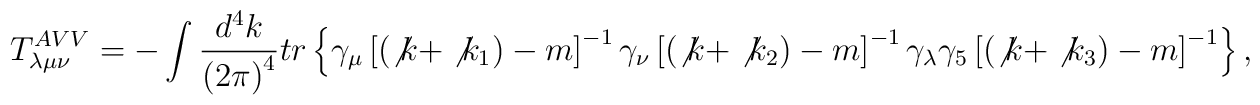
T_{\lambda \mu \nu }^{AVV}=-\int \frac{d^4k}{\left( 2\pi \right) ^4}tr\left\{\gamma _\mu \left[ (\not{k}+\not{k}_1)- m\right] ^{-1}\gamma _\nu \left[ (\not{k}+\not{k}_2)- m\right] ^{-1}\gamma _\lambda \gamma _5\left[ (\not{k}+\not{k}_3)- m\right] ^{-1}\right\},